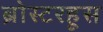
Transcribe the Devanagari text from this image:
ब्रोस्टरहूस